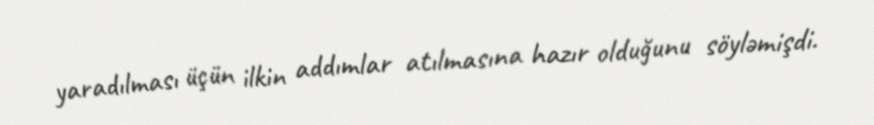
yaradılması üçün ilkin addımlar atılmasına hazır olduğunu söyləmişdi.